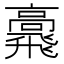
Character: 𩙷